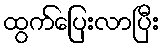
ထွက်ပြေးလာပြီး